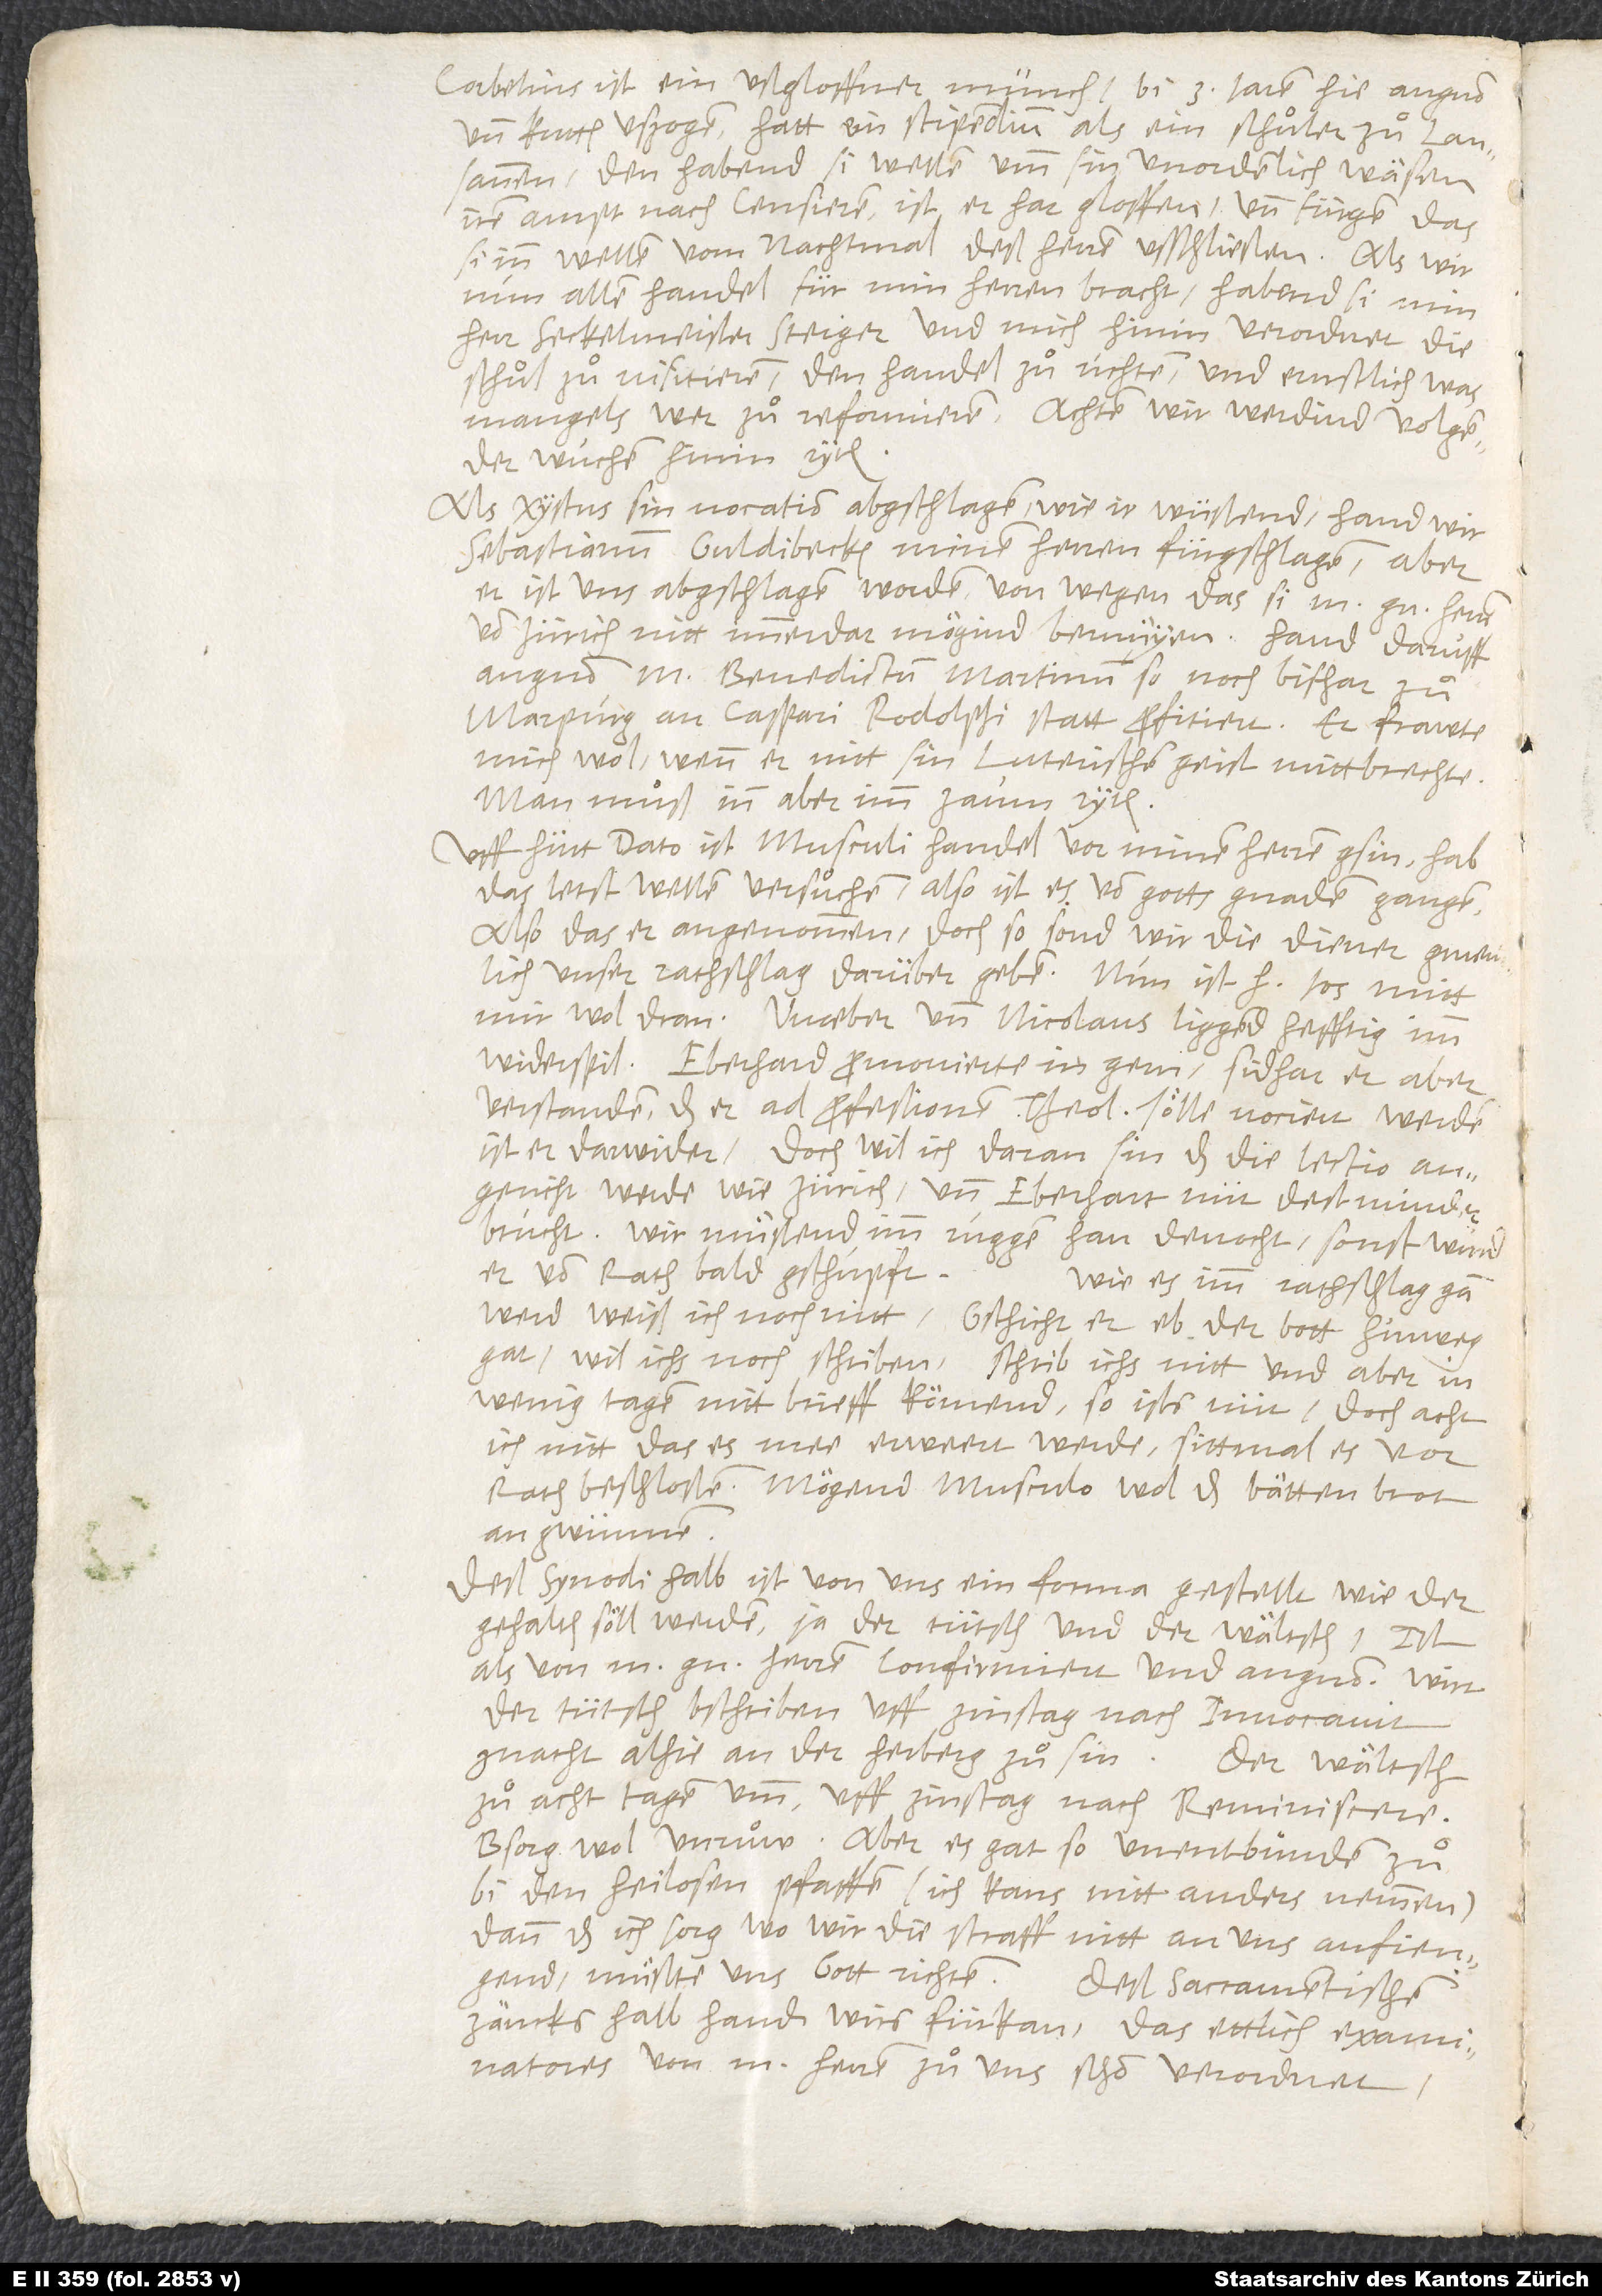
Corbelius ist ein ußgloffner münch, bi 3 jaren hie angnon
Den habend si wellen umb sin unordenlich wäsen
irem ampt nach censieren; ist er hargloffen und fuͤrgen, das
si inn wellen vom nachtmal des herren usschließen. Als wir
nun allen handel für min herren bracht, habend si min
seckelmeister Steiger und mich hinin verordnet, die
schuͦl zuͦ visitieren, den handel zuͦ richten und ernstlich, was
mangels wer, zuͦ reformieren. Achten, wir werdind volgender
wuchen hinin ryten.
Als Xystus sin vocation abgschlagen, wie ir wüßend, hand wir
Sebastianum Guldibecken minen herren fürgschlagen; aber
er ist uns abgschlagen worden von wegen, das si m herren
von Zürich nitt immerdar mögind bemüyen, hand daruff
mich wol, wenn er nitt sin luterischen geist mitbrechte;
man muͦß inn aber imm zaum ryten.
Uff hütt dato ist Musculi handel vor minen herren gsin; hab
das lest wellen versuͦchen. Also ist es von gotts gnaden gangen
also, das er angnommen; doch so sond wir die diener gmeinlich
unser rathschlag darüber geben. Nun ist her Jos mitt
mir wol dran; Waeber und Nicolaus liggend hefftig imm
widerspil; Eberhard promovierte in gern; sidhar er aber
verstanden, das er ad professionem theologicam sölle vociert werden,
ist er darwider. Doch wil ich daran sin, das die lectio angericht
werde wie Zürich und Eberhart nüt destminder
brucht; wir muͤßend imm ruggen han denocht, sonst wurd
er vom rath bald gschupft.
Wie es imm rathschlag gan
werd, weiß ich noch nitt; gschicht er, eb der bott hinweg
gat, wil ichs noch schriben. Schrib ichs nitt und aber in
wenig tagen nitt brieff kömend, so ists nüt; doch acht
ich nitt, das es mee erwert werde, sittmal es vor
rath beschloßen. Mögend Musculo wol das bättenbrot
Deß synodi halb ist von uns ein forma gestellt, wie der
gehalten söll werden, ja der tütsch und der wältsch; ist
als von m herren confirmiert und angnon, wirt
tütsch bschriben uff zinstag nach Invocavit
znacht alhie an der herberg zuͦ sin, der wältsch
zuͦ acht tagen umb, uff zinstag nach Reminiscere.
Bsorg wol unruͦw; aber es gat so unentbunden zuͦ
den heilosen pfaffen (ich kans nitt anders nemmen),
dann das ich sorg, wo wir die straff nitt an uns anfiengend,
muͤßte uns gott richten.
Deß sacramentischen
zancks halber hand wirs fürkan, das ettlich examinatores